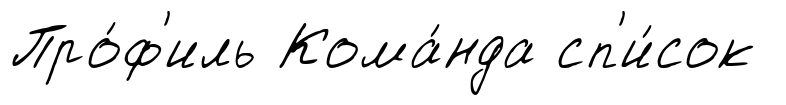
Про́ф'иль Кома́нда сп'и́сок